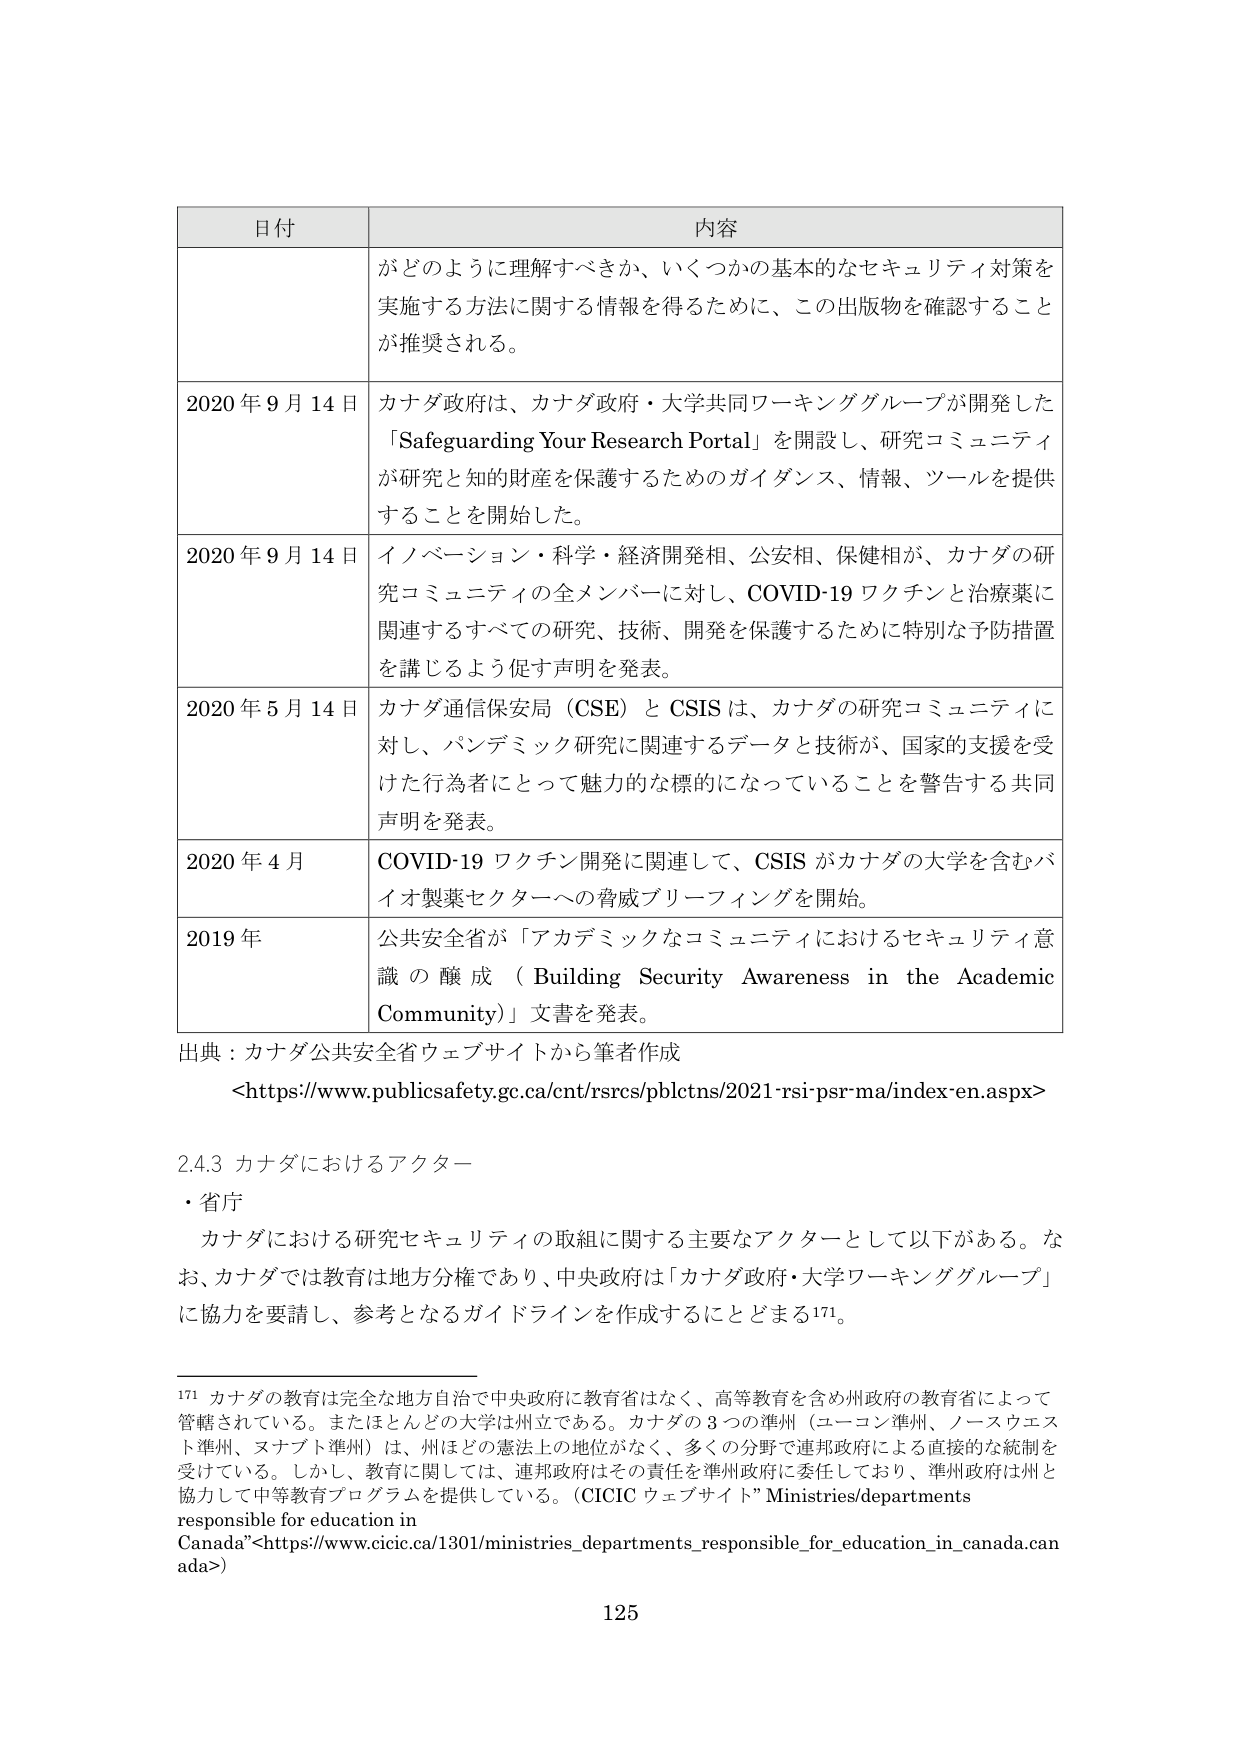
日付 内容
がどのように理解すべきか、いくつかの基本的なセキュリティ対策を
実施する方法に関する情報を得るために、この出版物を確認すること
が推奨される。
2020年9月14日 カナダ政府は、カナダ政府・大学共同ワーキンググループが開発した
「Safeguarding Your Research Portal」を開設し、研究コミュニティ
が研究と知的財産を保護するためのガイダンス、情報、ツールを提供
することを開始した。
2020年9月14日 イノベーション・科学・経済開発相、公安相、保健相が、カナダの研
究コミュニティの全メンバーに対し、COVID-19ワクチンと治療薬に
関連するすべての研究、技術、開発を保護するために特別な予防措置
を講じるよう促す声明を発表。
2020年5月14日 カナダ通信保安局（CSE）とCSISは、カナダの研究コミュニティに
対し、パンデミック研究に関連するデータと技術が、国家的支援を受
けた行為者にとって魅力的な標的になっていることを警告する共同
声明を発表。
2020年4月 COVID-19ワクチン開発に関連して、CSISがカナダの大学を含むバ
イオ製薬セクターへの脅威ブリーフィングを開始。
2019年 公共安全省が「アカデミックなコミュニティにおけるセキュリティ意
識の醸成（Building Security Awareness in the Academic
Community）」文書を発表。
出典：カナダ公共安全省ウェブサイトから筆者作成
<https://www.publicsafety.gc.ca/cnt/rsrcs/pblctns/2021-rsi-psr-ma/index-en.aspx>
2.4.3 カナダにおけるアクター
・省庁
カナダにおける研究セキュリティの取組に関する主要なアクターとして以下がある。な
お、カナダでは教育は地方分権であり、中央政府は「カナダ政府・大学ワーキンググループ」
に協力を要請し、参考となるガイドラインを作成することとする171。
171 カナダの教育は完全な地方自治で中央政府に教育省はなく、高等教育を含め州政府の教育省によって
管轄されている。またほとんどの大学は州立である。カナダの3つの準州（ユーコン準州、ノースウェス
ト準州、ヌナブト準州）は、州ほどの憲法上の地位がなく、多くの分野で連邦政府による直接的な統制を
受けている。しかし、教育に関しては、連邦政府はその責任を準州政府に委任しており、準州政府は州と
協力して中等教育プログラムを提供している。（CICICウェブサイト”Ministries/departments
responsible for education in
Canada”<https://www.cicic.ca/1301/ministries_departments_responsible_for_education_in_canada.can
ada>)
125